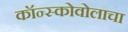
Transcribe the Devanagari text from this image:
कॉन्स्कोवोलाचा